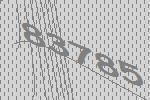
83785